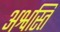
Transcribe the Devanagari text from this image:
अश्वस्ति